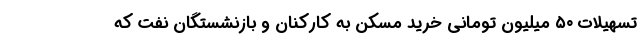
تسهیلات ۵۰ میلیون تومانی خرید مسکن به کارکنان و بازنشستگان نفت که